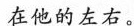
在他的左右。